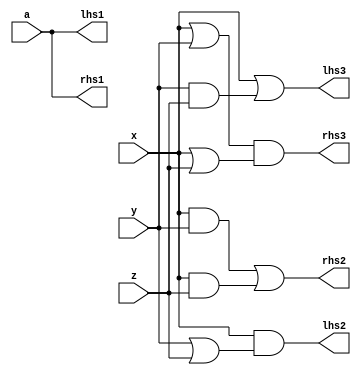
module Q1(a,x,y,z, lhs1,lhs2,lhs3,rhs1,rhs2,rhs3);
	input a,x,y,z;
	output lhs1,lhs2,lhs3,rhs1,rhs2,rhs3;
	assign lhs1 = ~(~a);
	assign rhs1 = a;
	assign lhs2 = x&(y|z);
	assign rhs2 = (x&y)|(x&z);
	assign lhs3 = x|(y&z);
	assign rhs3 = (x|y)&(x|z);
endmodule